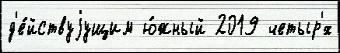
д'е́йствуjущим ю́жный 2019 четыр'́х